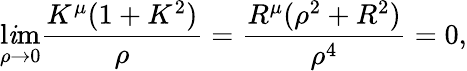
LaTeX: \operatorname*{l\mathit{i}m}_{\rho\to0}\frac{{K^{\mu}(1+K^{2})}}{{\rho}}=\frac{{R^{\mu}(\rho^{2}+R^{2})}}{{\rho^{4}}}=0,